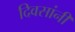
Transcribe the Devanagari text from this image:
दिवसांनीं